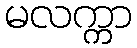
မလက္ကာ